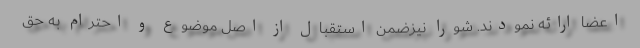
اعضا ارائه نمودند. شورا نیزضمن استقبال از اصل موضوع و احترام به حق